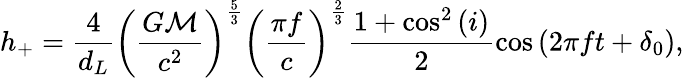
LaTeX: h_{+}=\frac{4}{d_{L}}\left(\frac{G\mathcal{M}}{c^{2}}\right)^{\frac{5}{3}}\left(\frac{\pi f}{c}\right)^{\frac{2}{3}}\frac{1+\cos^{2}{(i)}}{2}\cos{\left(2\pi ft+\delta_{0}\right)},